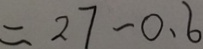
= 2 7 - 0 . 6